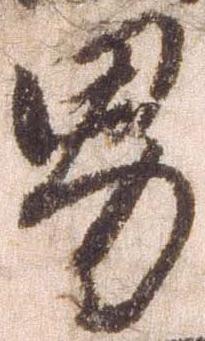
男